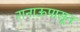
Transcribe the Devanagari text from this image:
रानाऊपासून